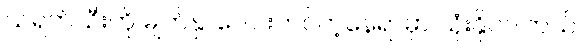
သရက်သီးကို မျက်နှာပေါင်းတင်တဲ့နေရာမှာ သုံးနိုင်ပါတယ်။